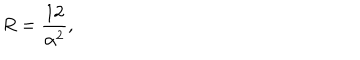
LaTeX: R = \frac { 1 2 } { \alpha ^ { 2 } } ,